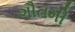
ગૌતમી